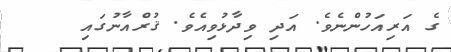
ގެ އަރިއަހުންނެވެ. އަދި ވިދާޅުވިއެވެ. ޤުރްއާނުގައި